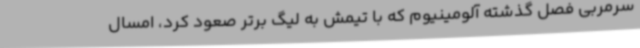
سرمربی فصل گذشته آلومینیوم که با تیمش به لیگ برتر صعود کرد، امسال